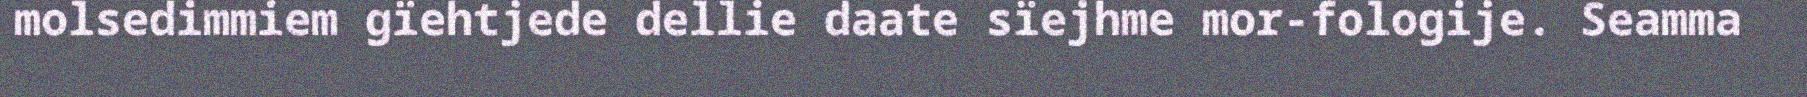
molsedimmiem gïehtjede dellie daate sïejhme mor-fologije. Seamma